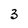
Character: 3